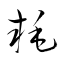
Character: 耗